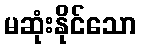
မဆုံးနိုင်သော